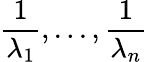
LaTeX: {\frac{1}{\lambda_{1}}},...,{\frac{1}{\lambda_{n}}}